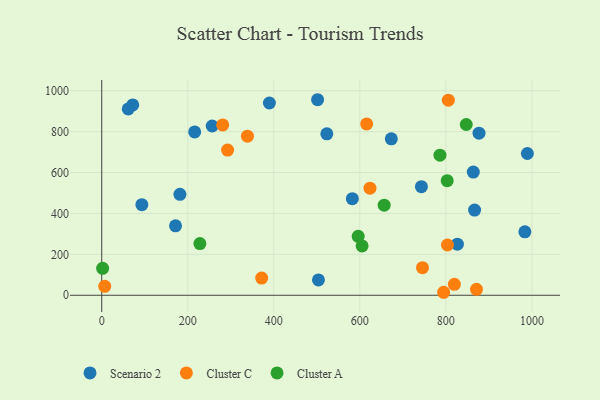
{"axis": {"x": "Engine Size", "y": "Profit"}, "legend": ["Cluster A", "Cluster C", "Scenario 2"], "data": [{"x": "523.3", "y": 789.1, "type": "Scenario 2"}, {"x": "983.7", "y": 310.1, "type": "Scenario 2"}, {"x": "181.8", "y": 493.7, "type": "Scenario 2"}, {"x": "877.1", "y": 792.3, "type": "Scenario 2"}, {"x": "72.1", "y": 930.7, "type": "Scenario 2"}, {"x": "743.2", "y": 530.7, "type": "Scenario 2"}, {"x": "93.3", "y": 442.9, "type": "Scenario 2"}, {"x": "582.6", "y": 472.4, "type": "Scenario 2"}, {"x": "826.8", "y": 249.8, "type": "Scenario 2"}, {"x": "863.8", "y": 602.3, "type": "Scenario 2"}, {"x": "503.8", "y": 75.2, "type": "Scenario 2"}, {"x": "673.2", "y": 764.6, "type": "Scenario 2"}, {"x": "61.7", "y": 911.0, "type": "Scenario 2"}, {"x": "866.8", "y": 416.5, "type": "Scenario 2"}, {"x": "501.8", "y": 956.0, "type": "Scenario 2"}, {"x": "256.8", "y": 827.5, "type": "Scenario 2"}, {"x": "389.8", "y": 940.1, "type": "Scenario 2"}, {"x": "989.5", "y": 693.0, "type": "Scenario 2"}, {"x": "216.1", "y": 798.5, "type": "Scenario 2"}, {"x": "171.6", "y": 339.3, "type": "Scenario 2"}, {"x": "871.2", "y": 29.1, "type": "Cluster C"}, {"x": "281.2", "y": 832.7, "type": "Cluster C"}, {"x": "371.8", "y": 84.1, "type": "Cluster C"}, {"x": "615.9", "y": 837.6, "type": "Cluster C"}, {"x": "292.6", "y": 709.8, "type": "Cluster C"}, {"x": "7.0", "y": 43.5, "type": "Cluster C"}, {"x": "805.8", "y": 953.6, "type": "Cluster C"}, {"x": "745.7", "y": 134.8, "type": "Cluster C"}, {"x": "623.6", "y": 523.4, "type": "Cluster C"}, {"x": "819.8", "y": 53.5, "type": "Cluster C"}, {"x": "338.8", "y": 777.6, "type": "Cluster C"}, {"x": "794.8", "y": 14.6, "type": "Cluster C"}, {"x": "803.7", "y": 245.8, "type": "Cluster C"}, {"x": "2.1", "y": 131.8, "type": "Cluster A"}, {"x": "656.6", "y": 440.4, "type": "Cluster A"}, {"x": "605.3", "y": 241.2, "type": "Cluster A"}, {"x": "228.2", "y": 252.6, "type": "Cluster A"}, {"x": "786.3", "y": 685.1, "type": "Cluster A"}, {"x": "803.1", "y": 560.3, "type": "Cluster A"}, {"x": "847.4", "y": 834.8, "type": "Cluster A"}, {"x": "596.2", "y": 288.3, "type": "Cluster A"}]}